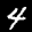
Label: 4